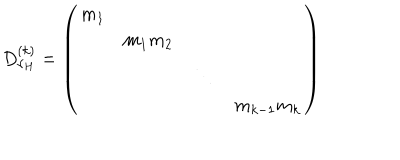
D _ { \nu _ { H } } ^ { ( k ) } = \left( \begin{matrix} { { m _ { 1 } } } & { { } } & { { } } \\ { { } } & { { m _ { 1 } m _ { 2 } } } & { { } } \\ { { } } & { { } } & { { \ddots } } & { { } } \\ { { } } & { { } } & { { } } & { { m _ { k - 1 } m _ { k } } } \\ \end{matrix} \right)